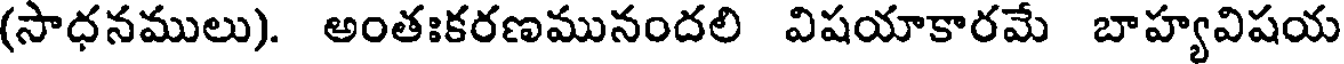
(సాధనములు). అంతఃకరణమునందలి విషయాకారమే బాహ్యవిషయ